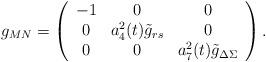
LaTeX: \begin{align*}g_{MN}=\left(\begin{array}{ccc} -1&0&0\\ 0 & a_4^2(t){\tilde g}_{rs}&0\\ 0 & 0 & a_7^2(t){\tilde {g}}_{\Delta\Sigma} \end{array}\right).\end{align*}